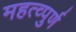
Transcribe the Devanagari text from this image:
महत्व्पुर्ण